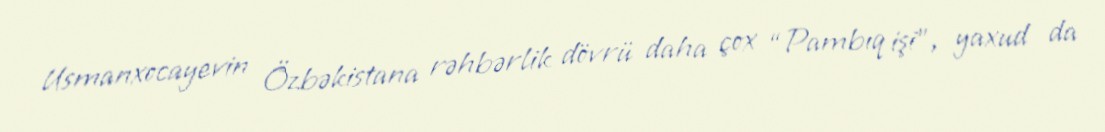
Usmanxocayevin Özbəkistana rəhbərlik dövrü daha çox “Pambıq işi”, yaxud da